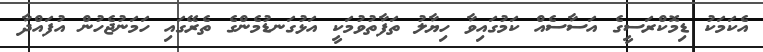
އެކަމަކު ޑިމޮކްރަސީގެ އަސާސެއް ކަމުގައިވާ ހިޔާލު ތަފާތުވުމަކީ އަޅުގަނޑުމެންގެ ތެރޭގައި ހަމަނުޖެހުން އުފައްދާ